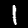
Label: 1